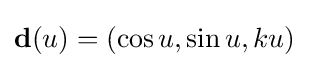
\mathbf {d} (u)=(\cos u,\sin u,ku)